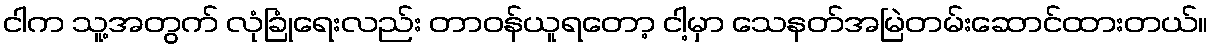
ငါက သူ့အတွက် လုံခြုံရေးလည်း တာဝန်ယူရတော့ ငါ့မှာ သေနတ်အမြဲတမ်းဆောင်ထားတယ်။